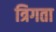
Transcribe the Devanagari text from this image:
त्रिगता